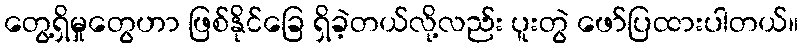
တွေ့ရှိမှုတွေဟာ ဖြစ်နိုင်ခြေ ရှိခဲ့တယ်လို့လည်း ပူးတွဲ ဖော်ပြထားပါတယ်။